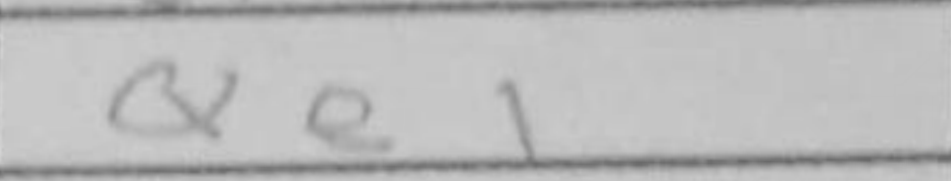
Transcription: Qe1